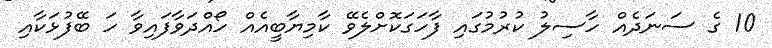
10 ގެ ސަނަދެއް ހާސިލު ކުރުމުގައި ފާހަގަކޮށްލެވޭ ކާމިޔާބީއެއް ހޯއްދަވާފައިވާ ހަ ބޭފުޅަކާއި